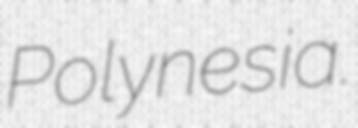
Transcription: Polynesia.